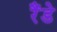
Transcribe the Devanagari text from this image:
रैंडे